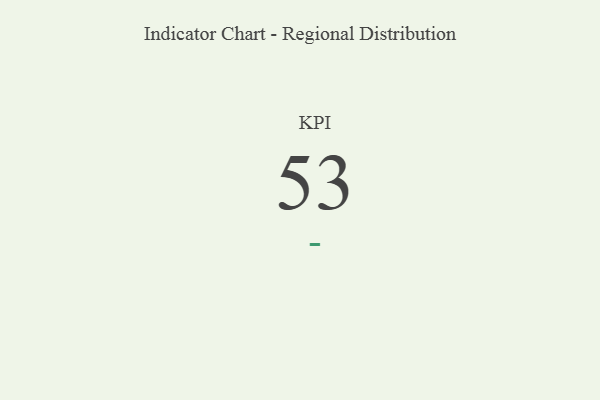
{"axis": {"x": "KPI", "y": "Value"}, "legend": [""], "data": [{"x": "KPI", "y": 53, "type": ""}]}